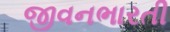
જીવનભારતી